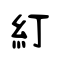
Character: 糽